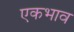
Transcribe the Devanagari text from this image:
एकभाव